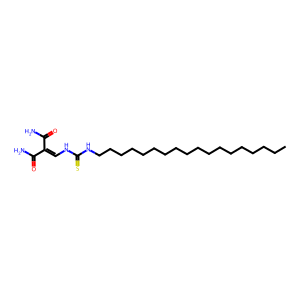
SMILES: CCCCCCCCCCCCCCCCCCNC(=S)NC=C(C(N)=O)C(N)=O
Inhibits HIV replication: No